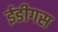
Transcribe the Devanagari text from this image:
ईडीगस